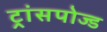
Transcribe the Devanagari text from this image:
ट्रांसपोज्ड